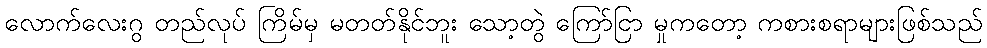
လောက်လေးဂွ တည်လုပ် ကြိမ်မှ မတတ်နိုင်ဘူး သော့တွဲ ကြော်ငြာ မှုကတော့ ကစားစရာများဖြစ်သည်